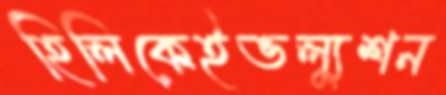
হিলিকেইভল্যুশন